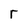
Character: r